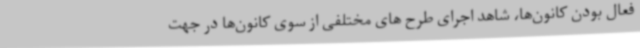
فعال بودن کانون‌ها، شاهد اجرای طرح های مختلفی از سوی کانون‌ها در جهت